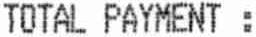
TOTAL PAYMENT :